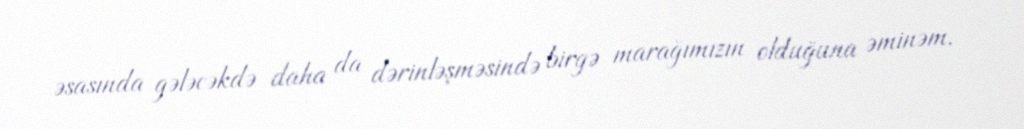
əsasında gələcəkdə daha da dərinləşməsində birgə marağımızın olduğuna əminəm.